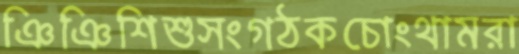
ঞিঞিশিশুসংগঠকচোংথামরা